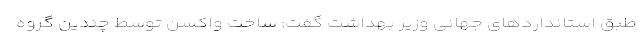
طبق استانداردهای جهانی وزیر بهداشت گفت: ساخت واکسن توسط چندین گروه